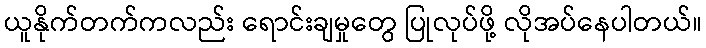
ယူနိုက်တက်ကလည်း ရောင်းချမှုတွေ ပြုလုပ်ဖို့ လိုအပ်နေပါတယ်။